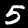
Label: 5